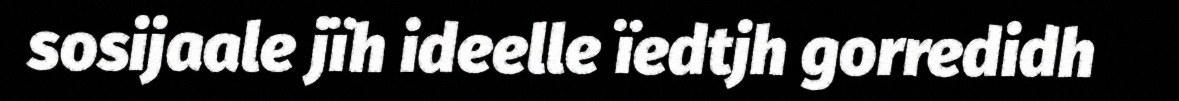
sosijaale jïh ideelle ïedtjh gorredidh